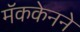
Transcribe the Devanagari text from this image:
मॅककेनने